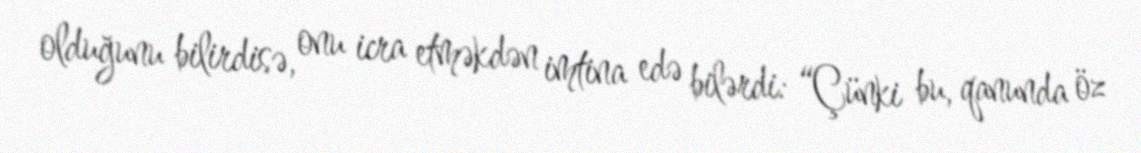
olduğunu bilirdisə, onu icra etməkdən imtina edə bilərdi: “Çünki bu, qanunda öz